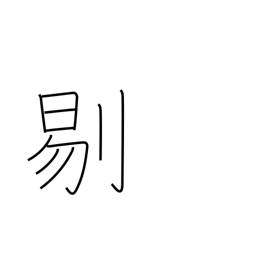
Meaning: cutting